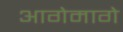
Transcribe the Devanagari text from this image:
आगेमागे